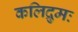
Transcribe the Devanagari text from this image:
कलिद्रुमः